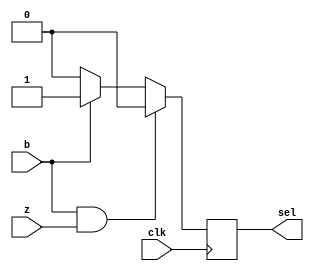
module Branch( b, z, sel, clk );
input b, z, clk;
output sel;
reg sel;
wire temp;
and AND(temp, b, z);

always @( posedge clk ) begin
  if ( temp == 1'b1 )
    sel = 1'b0;
	
  else if ( b == 1'b1 )
    sel = 1'b1;
	
  else
    sel = 1'b0;
end

endmodule